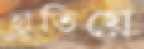
হাতিয়ে